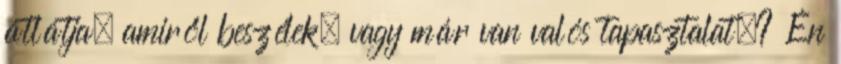
átlátja, amiről beszélek, vagy már van valós tapasztalat.? Én